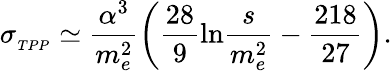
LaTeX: \sigma_{_{TPP}}\simeq\frac{\alpha^{3}}{m_{e}^{2}}\left(\frac{28}{9}\mathrm{ln}\frac{s}{m_{e}^{2}}-\frac{218}{27}\right).